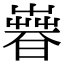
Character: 𣊨